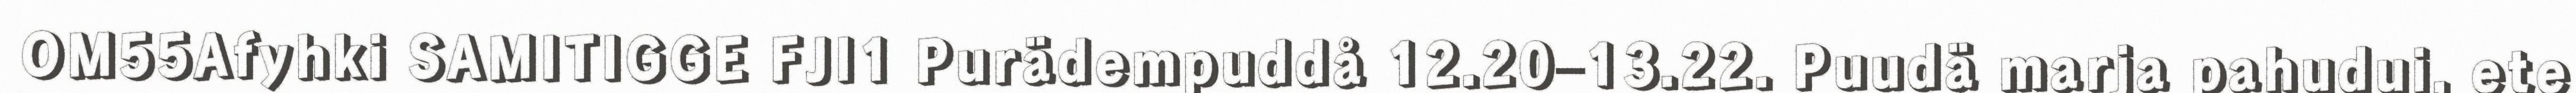
OM55Afyhki SAMITIGGE FJI1 Purädempuddå 12.20–13.22. Puudä marja pahudui, ete